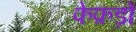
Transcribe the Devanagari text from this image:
फेफ़ड़ों